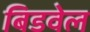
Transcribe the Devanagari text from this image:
बिडवेल